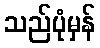
သည်ပုံမှန်